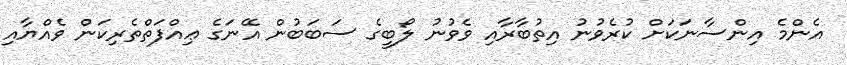
އެންމެ އިންސާނަކަށް ކުރެވުނު އިތުބާރާއި ވެވުނު ލޯބީގެ ސަބަބުން އޭނަގެ ޢިއްފަތްތެރިކަން ވެއްޔާއި